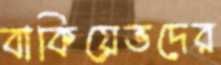
বাকিয়েভদের